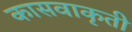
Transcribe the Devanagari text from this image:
कासवाकृती